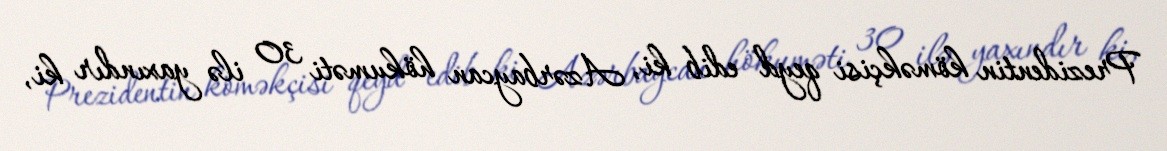
Prezidentin köməkçisi qeyd edib ki, Azərbaycan hökuməti 30 ilə yaxındır ki,